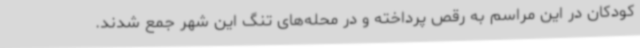
کودکان در این مراسم به رقص پرداخته و در محله‌های تنگ این شهر جمع شدند.